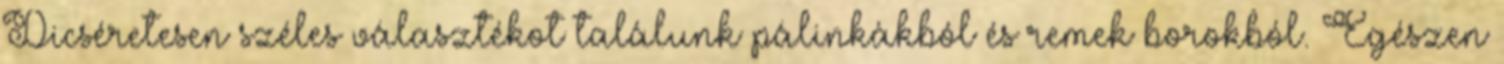
Dicséretesen széles választékot találunk pálinkákból és remek borokból. Egészen